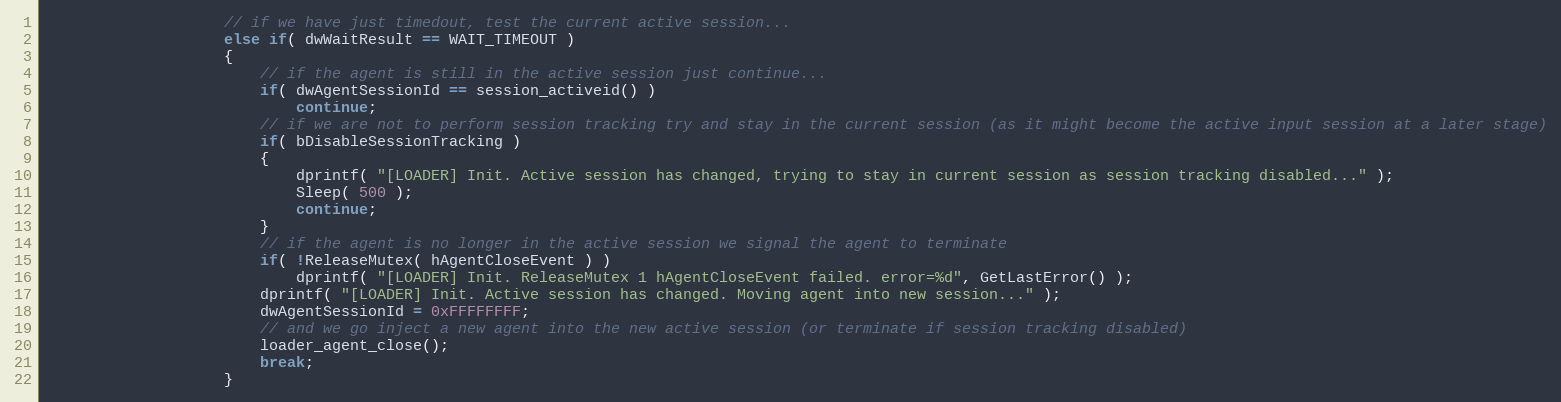
Language: C
					// if we have just timedout, test the current active session...
					else if( dwWaitResult == WAIT_TIMEOUT )
					{
						// if the agent is still in the active session just continue...
						if( dwAgentSessionId == session_activeid() )
							continue;
						// if we are not to perform session tracking try and stay in the current session (as it might become the active input session at a later stage)
						if( bDisableSessionTracking )
						{
							dprintf( "[LOADER] Init. Active session has changed, trying to stay in current session as session tracking disabled..." );
							Sleep( 500 );
							continue;
						}
						// if the agent is no longer in the active session we signal the agent to terminate
						if( !ReleaseMutex( hAgentCloseEvent ) )
							dprintf( "[LOADER] Init. ReleaseMutex 1 hAgentCloseEvent failed. error=%d", GetLastError() );
						dprintf( "[LOADER] Init. Active session has changed. Moving agent into new session..." );
						dwAgentSessionId = 0xFFFFFFFF;
						// and we go inject a new agent into the new active session (or terminate if session tracking disabled)
						loader_agent_close();
						break;
					}